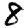
Digit: 8